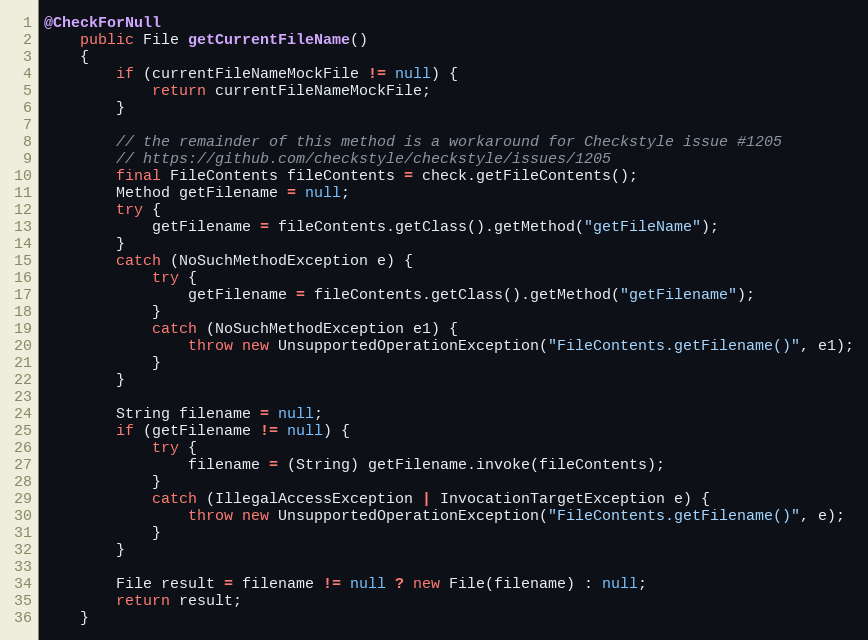
Language: Java
@CheckForNull
    public File getCurrentFileName()
    {
        if (currentFileNameMockFile != null) {
            return currentFileNameMockFile;
        }

        // the remainder of this method is a workaround for Checkstyle issue #1205
        // https://github.com/checkstyle/checkstyle/issues/1205
        final FileContents fileContents = check.getFileContents();
        Method getFilename = null;
        try {
            getFilename = fileContents.getClass().getMethod("getFileName");
        }
        catch (NoSuchMethodException e) {
            try {
                getFilename = fileContents.getClass().getMethod("getFilename");
            }
            catch (NoSuchMethodException e1) {
                throw new UnsupportedOperationException("FileContents.getFilename()", e1);
            }
        }

        String filename = null;
        if (getFilename != null) {
            try {
                filename = (String) getFilename.invoke(fileContents);
            }
            catch (IllegalAccessException | InvocationTargetException e) {
                throw new UnsupportedOperationException("FileContents.getFilename()", e);
            }
        }

        File result = filename != null ? new File(filename) : null;
        return result;
    }